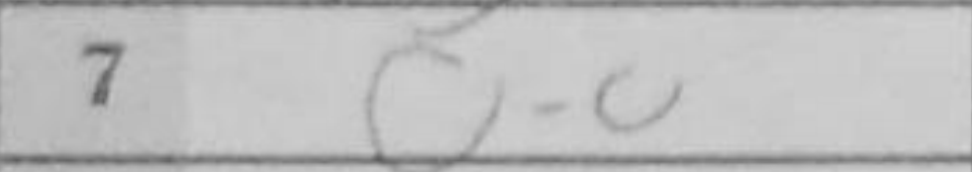
Transcription: O-O